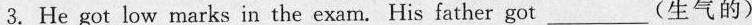
3.He got low marks in the exam. His father got___(生气的)